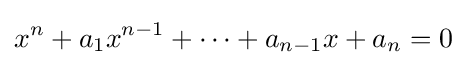
x^{n}+a_{1}x^{n-1}+\cdots +a_{n-1}x+a_{n}=0